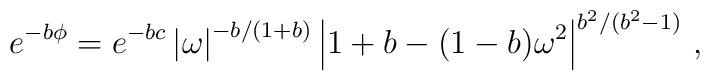
e^{-b\phi} = e^{-bc}\, {\left| \omega \right|}^{-b/(1+b)}\,{\left| 1+b-(1-b)\omega^2 \right|}^{b^2/(b^2-1)} \ ,